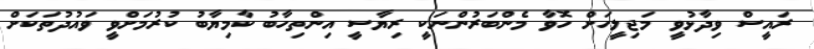
ރައީސް ވިދާޅުވީ މަޖިލީހަށް ހޮވާ މެންބަރުންނަކީ ރިޔާސީ އިންތިހާބު ކާމިޔާބު ކުރުމަށްވީ ވައުދުތަކަށް